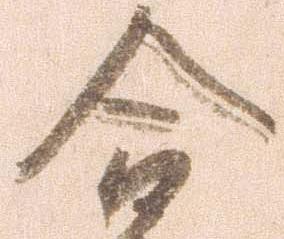
合